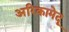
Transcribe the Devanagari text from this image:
अरिकामेदू